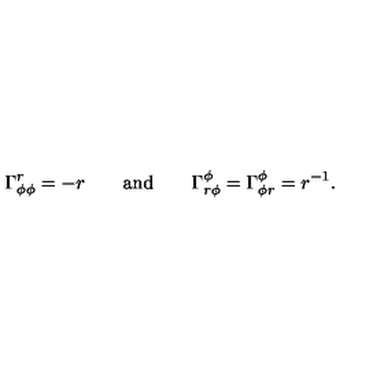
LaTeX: \Gamma _ { \phi \phi } ^ { r } = - r \qquad \mathrm { a n d } \qquad \Gamma _ { r \phi } ^ { \phi } = \Gamma _ { \phi r } ^ { \phi } = r ^ { - 1 } .